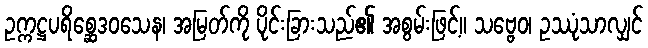
ဥက္ကဋ္ဌပရိစ္ဆေဒဝသေန၊ အမြတ်ကို ပိုင်းခြားသည်၏ အစွမ်းဖြင့်။ သဗ္ဗေဝ၊ ဥဿုံသာလျှင်